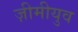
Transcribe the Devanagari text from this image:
ज़ीमीयुव